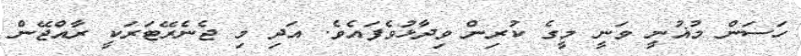
ހަސަން މުޣުނީ ވަނީ މީގެ ކުރިން ވިދާޅުވެފައެވެ. އަދި މި ޖެނެރޭޓަރަކީ ރާއްޖޭން